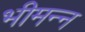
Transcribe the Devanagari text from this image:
भीमन्‍न